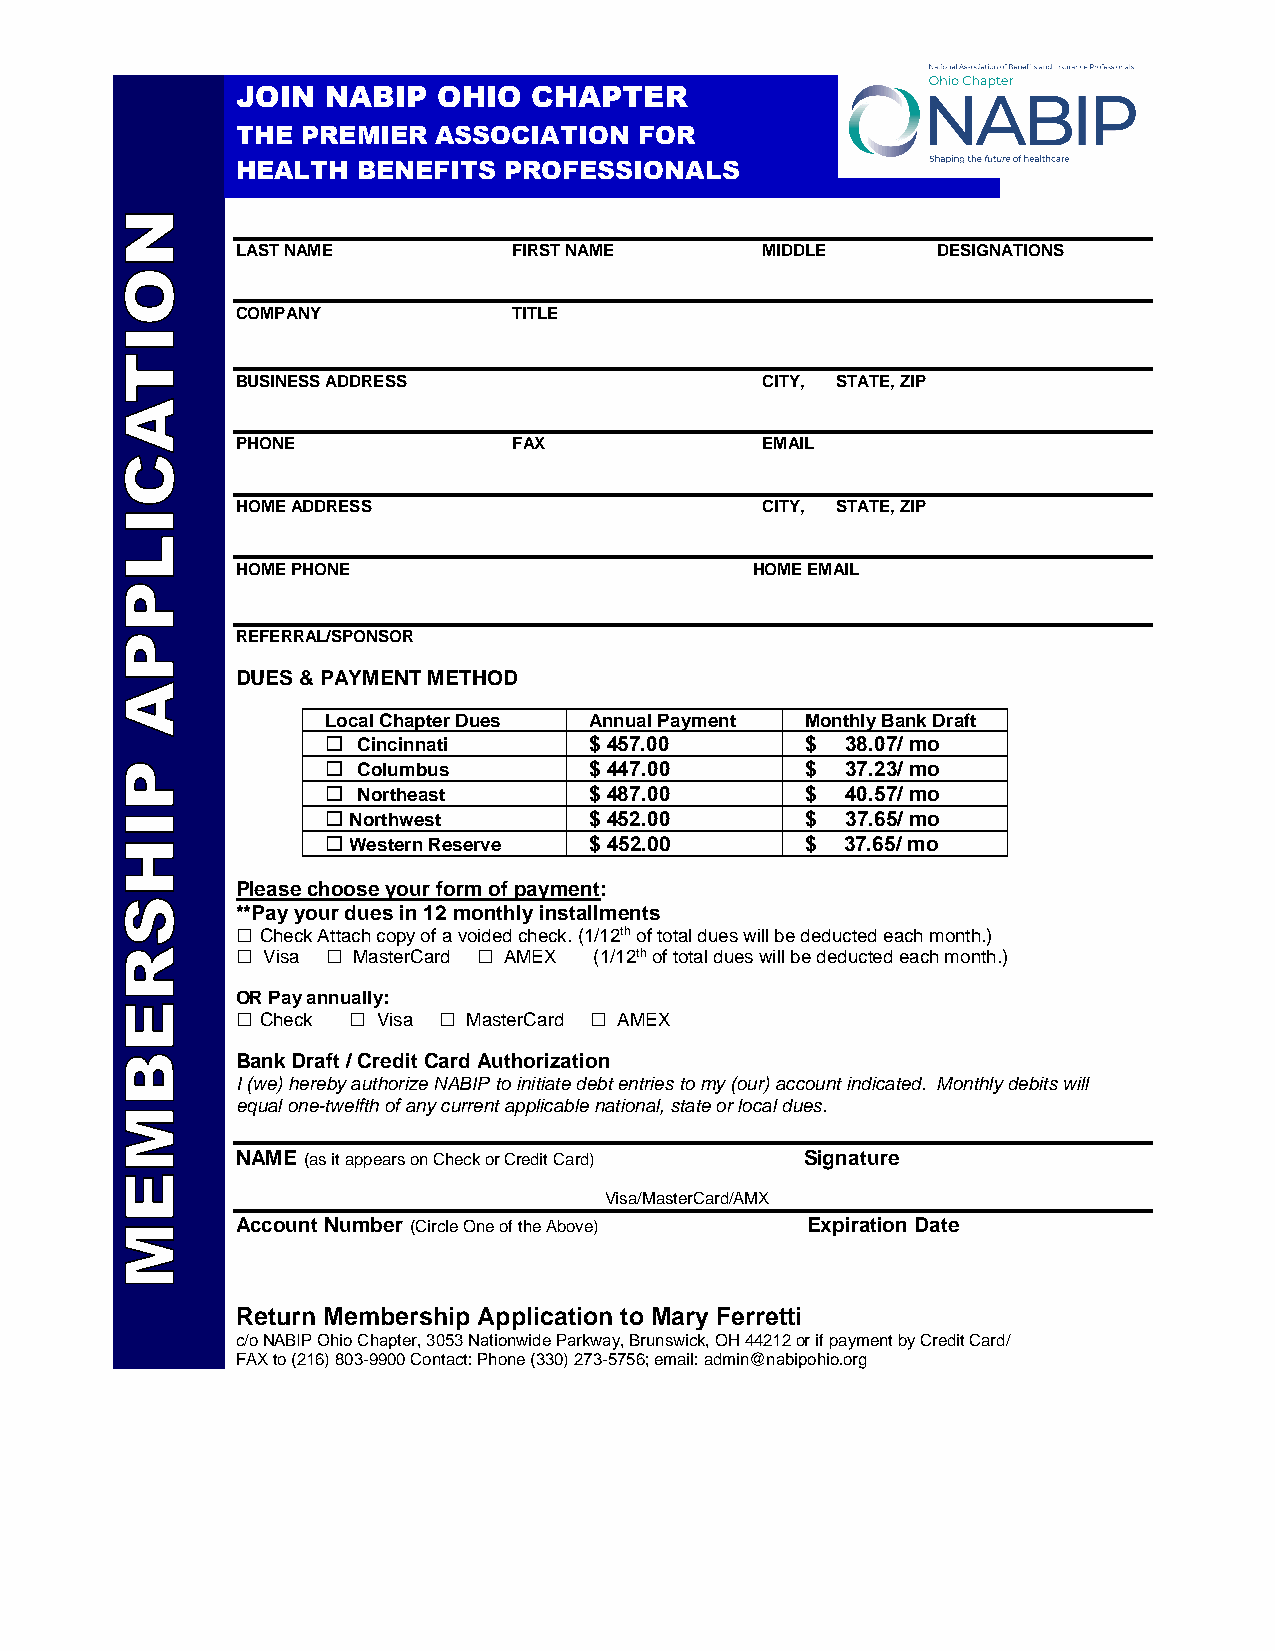
JOIN  NABIP  OHIO  CHAPTER
 THE PREMIER  ASSOCIATION  FOR
 HEALTH  BENEFITS PROFESSIONALS
 LAST NAME         FIRST NAME      MIDDLE      DESIGNATIONS
 COMPANY           TITLE
 BUSINESS ADDRESS                  CITY, STATE, ZIP
 PHONE             FAX             EMAIL
 HOME ADDRESS                      CITY, STATE, ZIP
 HOME PHONE                        HOME EMAIL
 REFERRAL/SPONSOR
 DUES & PAYMENT METHOD
 Local Chapter Dues Annual Payment Monthly Bank Draft
  Cincinnati     $ 457.00      $  38.07/ mo
  Columbus       $ 447.00      $  37.23/ mo
  Northeast      $ 487.00      $  40.57/ mo
 Northwest       $ 452.00      $  37.65/ mo
 Western Reserve $ 452.00      $  37.65/ mo
 Please choose your form of payment:
 **Pay your dues in 12 monthly installments
  Check Attach copy of a voided check. (1/12th of total dues will be deducted each month.)
  Visa  MasterCard  AMEX (1/12th of total dues will be deducted each month.)
 OR Pay annually:
  Check  Visa  MasterCard  AMEX
 Bank Draft / Credit Card Authorization
 I (we) hereby authorize NABIP to initiate debt entries to my (our) account indicated. Monthly debits will
 equal one-twelfth of any current applicable national, state or local dues.
 NAME (as it appears on Check or Credit Card) Signature
 Visa/MasterCard/AMX
 Account Number (Circle One of the Above) Expiration Date
 Return Membership Application to Mary Ferretti
 c/o NABIP Ohio Chapter, 3053 Nationwide Parkway, Brunswick, OH 44212 or if payment by Credit Card/
 FAX to (216) 803-9900 Contact: Phone (330) 273-5756; email: admin@nabipohio.org